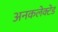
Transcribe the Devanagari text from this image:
अनकलेक्टेड